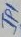
Text: IP1